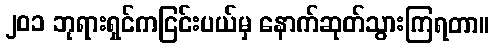
၂၀၁ ဘုရားရှင်ကငြင်းပယ်မှ နောက်ဆုတ်သွားကြရတာ။